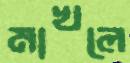
মাখলে